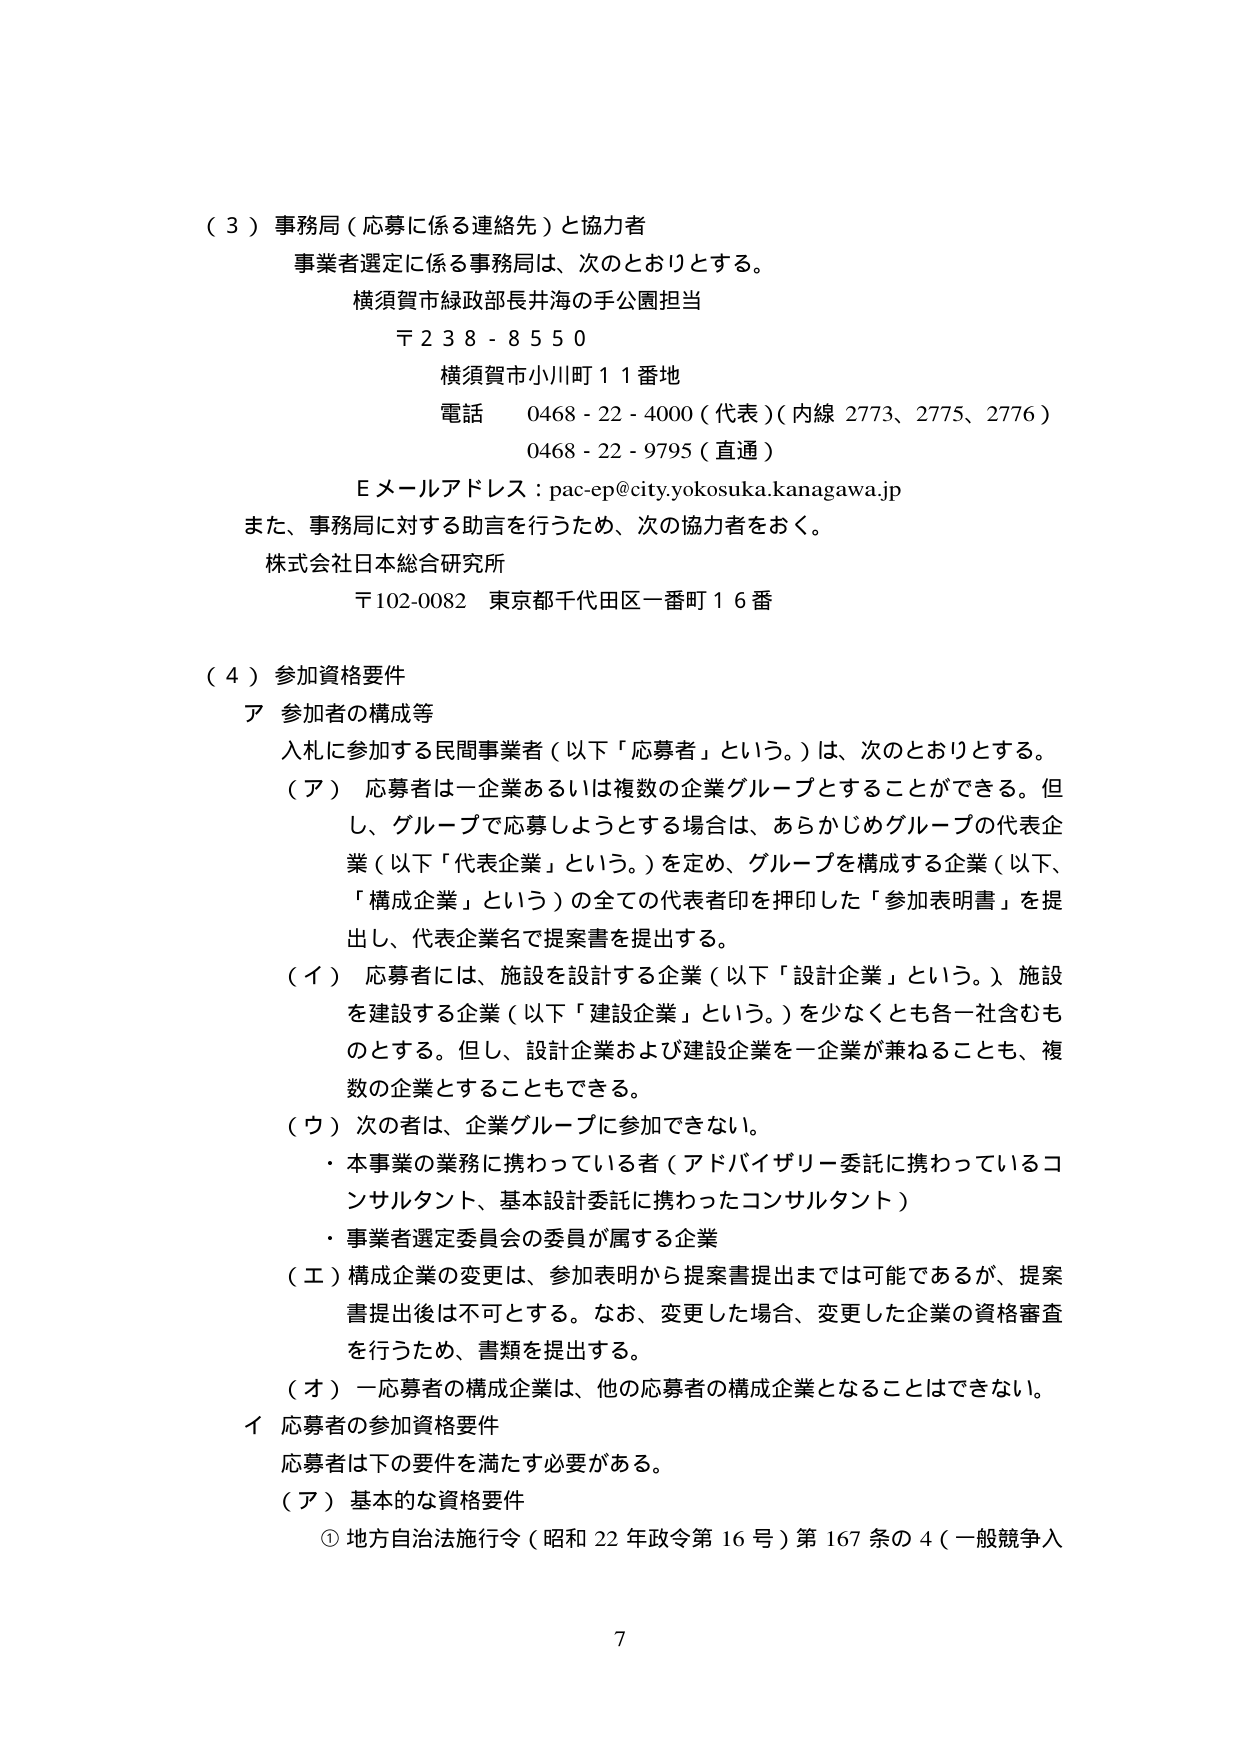
（３）事務局（応募に係る連絡先）と協力者
事業者選定に係る事務局は、次のとおりとする。
横須賀市緑政部長井海の手公園担当
〒２３８－８５５０
横須賀市小川町１１番地
電話　０４６８－２２－４０００（代表）（内線 2773、2775、2776）
　　　　０４６８－２２－９７９５（直通）
Ｅメールアドレス：pac-ep@city.yokosuka.kanagawa.jp
また、事務局に対する助言を行うため、次の協力者をおく。
株式会社日本総合研究所
〒102-0082 東京都千代田区一番町１６番

（４）参加資格要件
ア 参加者の構成等
入札に参加する民間事業者（以下「応募者」という。）は、次のとおりとする。
（ア）応募者は一企業あるいは複数の企業グループとすることができる。但し、グループで応募しようとする場合は、あらかじめグループの代表企業（以下「代表企業」という。）を定め、グループを構成する企業（以下、「構成企業」という）の全ての代表者印を押印した「参加表明書」を提出し、代表企業名で提案書を提出する。
（イ）応募者には、施設を設計する企業（以下「設計企業」という。）、施設を建設する企業（以下「建設企業」という。）を少なくとも各一社含むものとする。但し、設計企業および建設企業を一企業が兼ねることも、複数の企業とすることもできる。
（ウ）次の者は、企業グループに参加できない。
・本事業の業務に携わっている者（アドバイザリー委託に携わっているコンサルタント、基本設計委託に携わったコンサルタント）
・事業者選定委員会の委員が属する企業
（エ）構成企業の変更は、参加表明から提案書提出までは可能であるが、提案書提出後は不可とする。なお、変更した場合、変更した企業の資格審査を行うため、書類を提出する。
（オ）一応募者の構成企業は、他の応募者の構成企業となることはできない。
イ 応募者の参加資格要件
応募者は下の要件を満たす必要がある。
（ア）基本的な資格要件
① 地方自治法施行令（昭和22年政令第16号）第167条の4（一般競争入

7